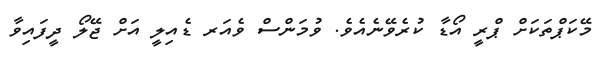
މޭކަޕްތަކަށް ޕްރީ އޯޑާ ކުރެވޭނެއެވެ. ވުމަންސް ވެއަރ ޑެއިލީ އަށް ޖޭލޯ ދީފައިވާ